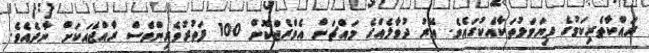
ރައްކާތެރިކަމުގެ ފިޔަވަޅުތަކާއެކުގައެވެ. އޭރު ދުވާލެއްގެ މައްޗަށް އެވްރެޖްކޮށް 100 ފަތުރުވެރިންވެސް ރާއްޖެއަކަށް ނާދެއެވެ.